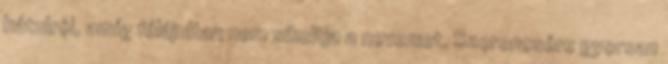
hátulról, amíg félájultan nem sikoltja a nevemet. Szerencsére gyorsan